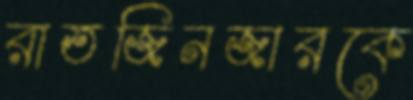
রাতজিনজারকে